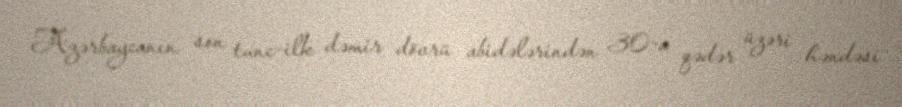
Azərbaycanın son tunc-ilk dəmir dövrü abidələrindən 30-a qədər üzəri həndəsi